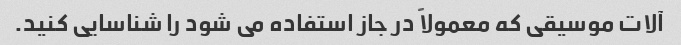
آلات موسیقی که معمولاً در جاز استفاده می شود را شناسایی کنید.